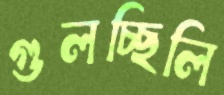
গুলচ্ছিলি